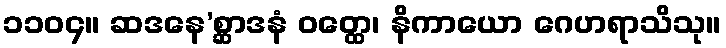
၁၁၀၄။ ဆဒနေ’စ္ဆာဒနံ ဝတ္ထေ၊ နိကာယော ဂေဟရာသိသု။